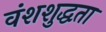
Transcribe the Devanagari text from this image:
वंशशुद्धता